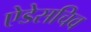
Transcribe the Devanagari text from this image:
ऐडेसचिव